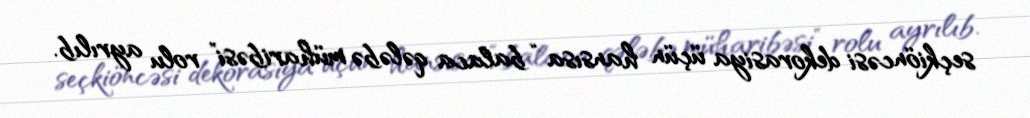
seçkiöncəsi dekorasiya üçün hansısa “balaca qələbə müharibəsi” rolu ayrılıb.